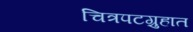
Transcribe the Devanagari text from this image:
चित्रपटग्रुहात